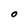
Character: O